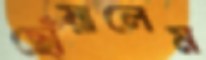
ছোঁয়ালেম